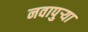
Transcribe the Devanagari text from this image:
नवापुर्‍या